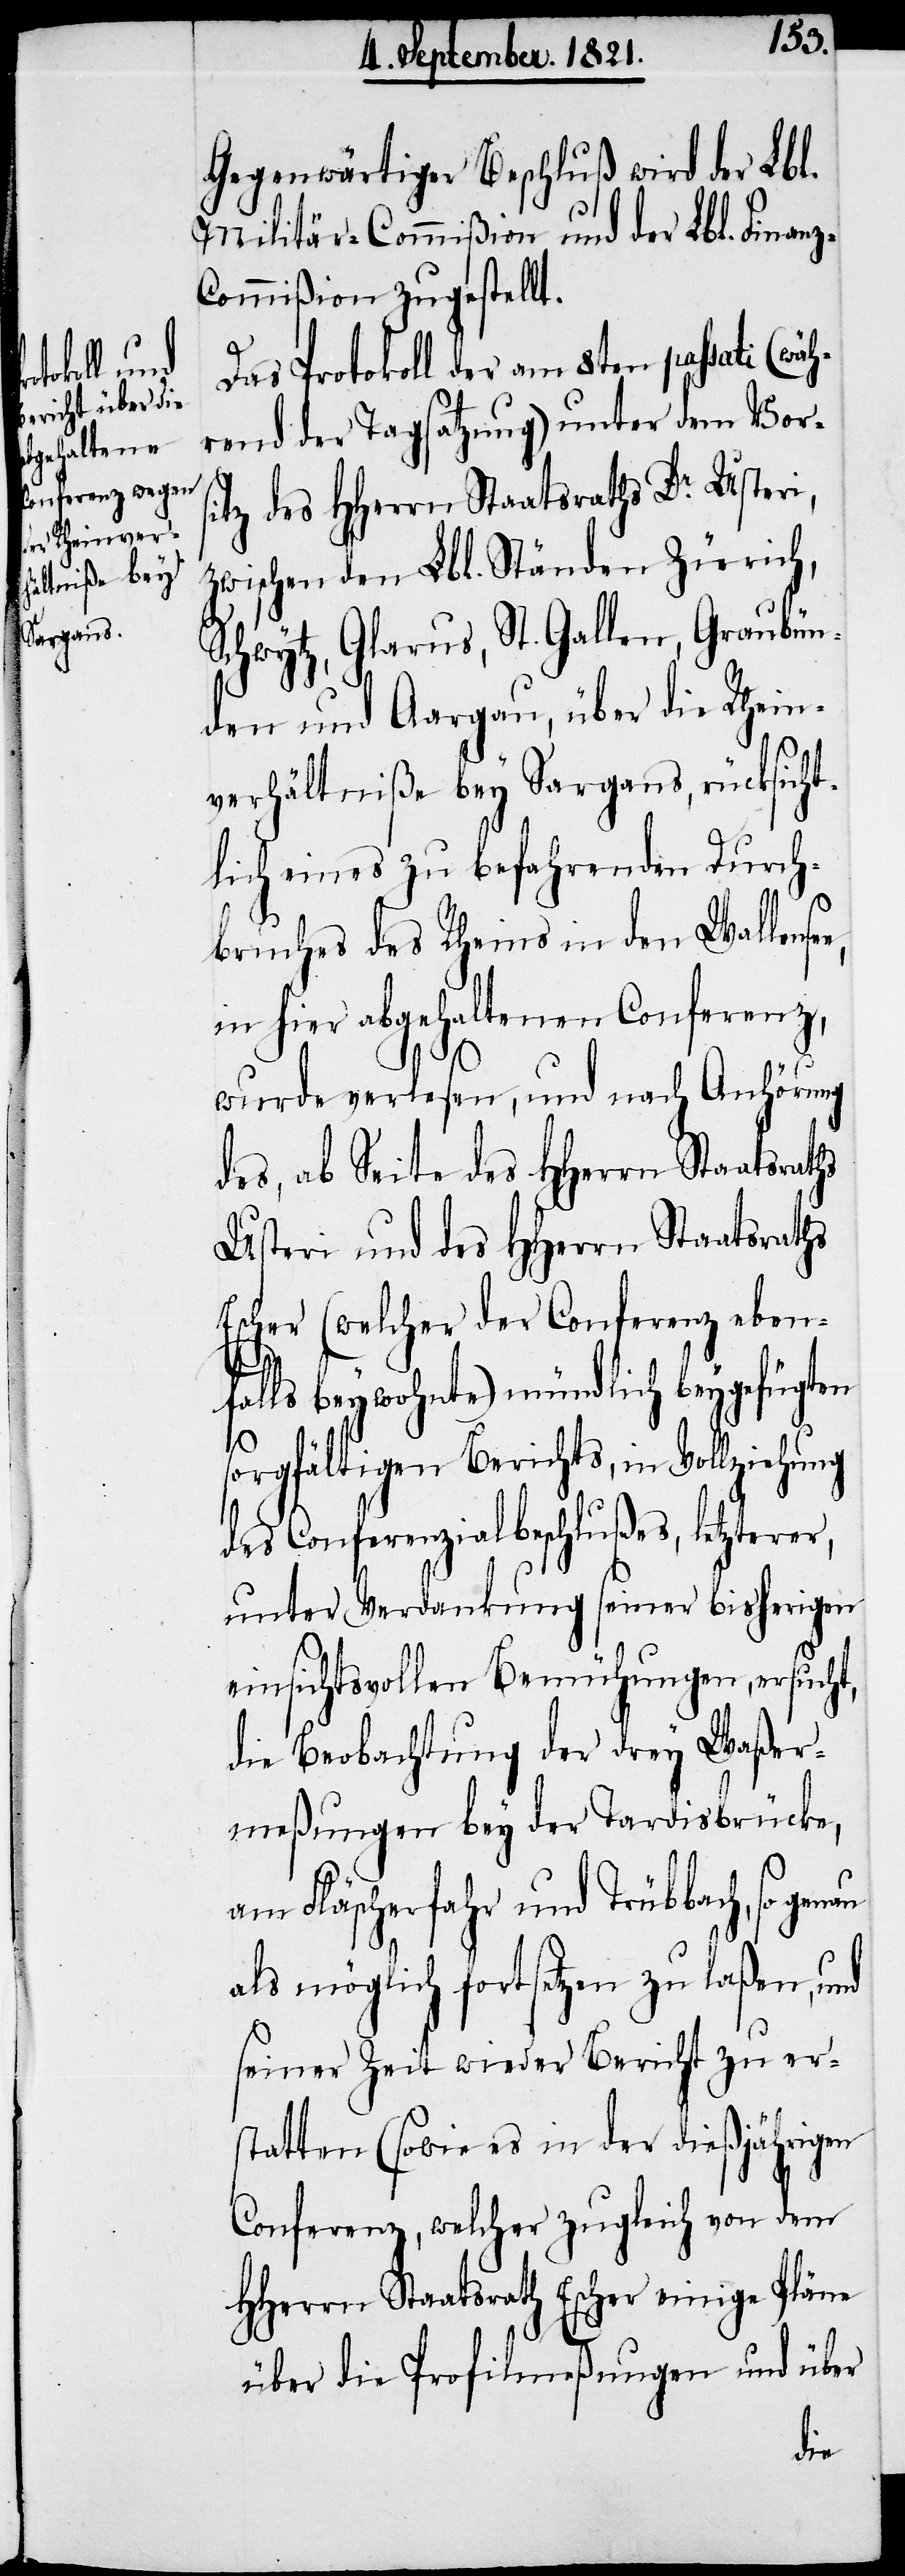
Gegenwärtiger Beschluß wird der Lbl.
Militär-Commißion und der Lbl. Finan¬
z-Commißion zugestellt.
Das Protokoll der am 8ten passati (wä¬
hrend der Tagsatzung) unter dem Vors¬
itz des HHerrn Staatsraths Dr. Usteri,
zwischen den Lbl. Ständen Zürich,
Schwytz, Glarus, St. Gallen, Graubün¬
den und Aargau, über die Rhein¬
verhältniße bei Sargans, rücksicht¬
lich eines zu befahrenden Durch¬
bruchs des Rheins in den Wallense¬
in hier abgehaltenen Conferenz,
wurde verlesen, und nach Anhörung
des, ab Seite des HHerrn Staatsraths
Usteri und des HHerrn Staatsraths
Escher (welcher der Conferenz eben¬
falls beywohnte) mündlich beygefügten
sorgfältigen Berichts, in Vollziehung
des Conferenzialbeschlußes, letzterer,
unter Verdankung seiner bisherigen
einsichtsvollen Bemühungen, ersucht,
die Beobachtung der drey Waßer¬
meßungen bey der Tardisbrücke,
am Fläscherfahr und Trübbach, so
als möglich fortsetzen zu laßen, und
seiner Zeit wieder Bericht zu er¬
statten (sowie es in der dießjährigen
Conferenz, welcher zugleich von dem
HHerrn Staatsrath Escher einige Pläne
über die Profilmeßungen und über
e,